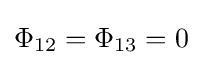
\Phi _{12}=\Phi _{13}=0